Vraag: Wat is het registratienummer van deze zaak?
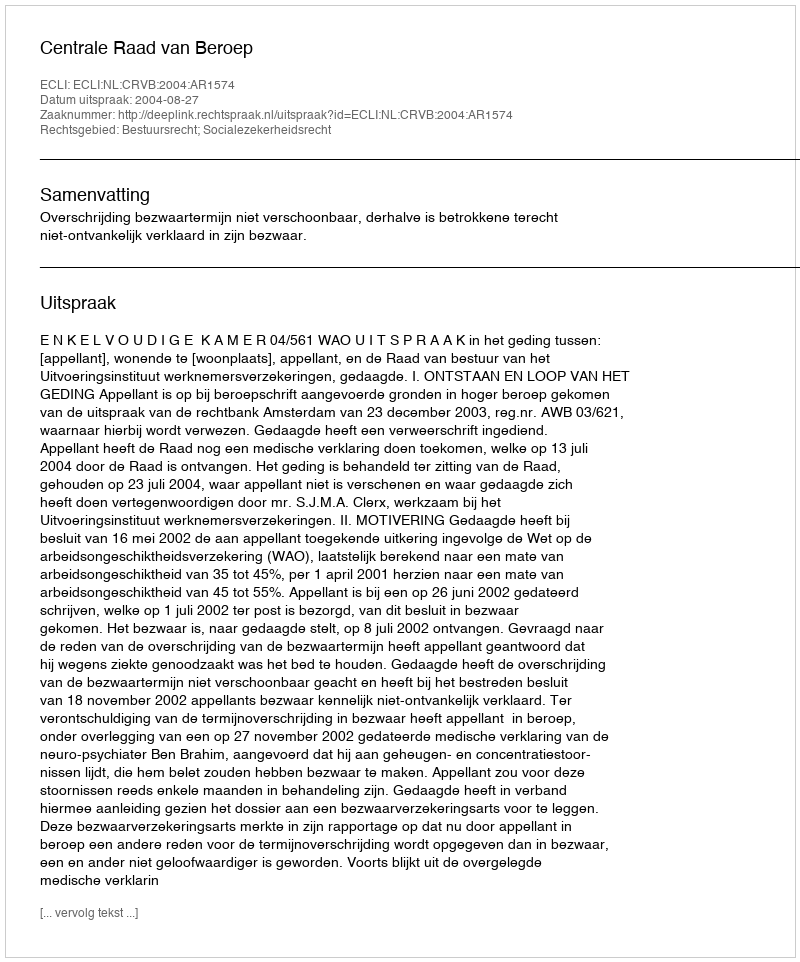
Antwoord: http://deeplink.rechtspraak.nl/uitspraak?id=ECLI:NL:CRVB:2004:AR1574